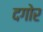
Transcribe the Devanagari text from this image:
दगोर